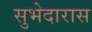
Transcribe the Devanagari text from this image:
सुभेदारास